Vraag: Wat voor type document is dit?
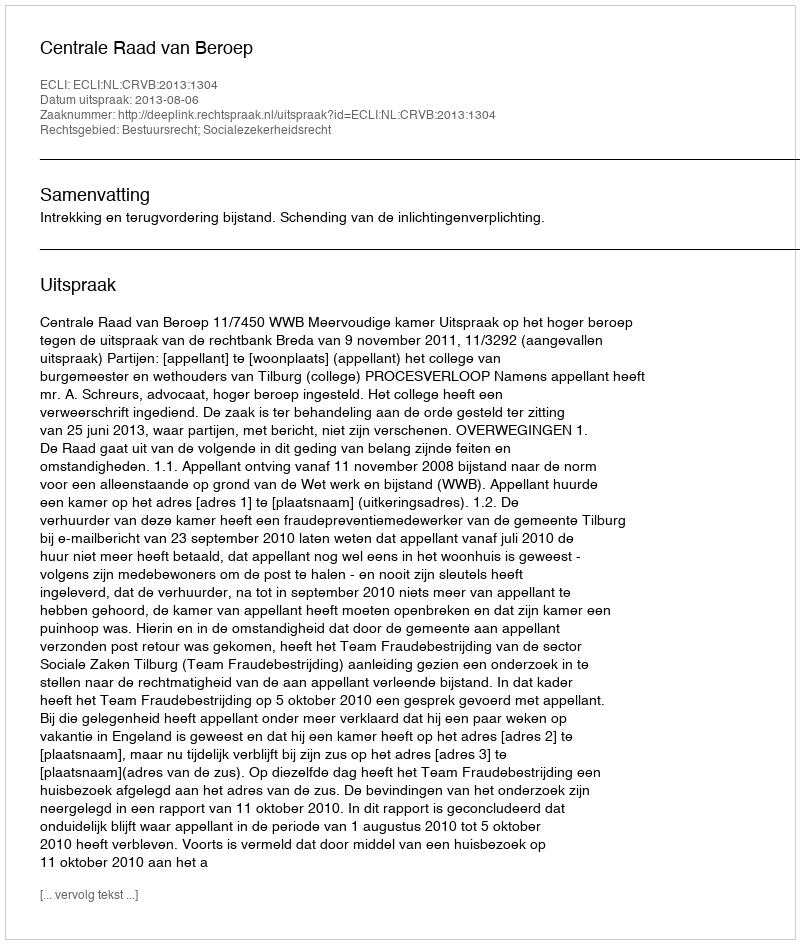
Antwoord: Uitspraak